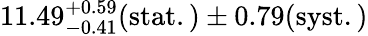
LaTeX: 11.49_{-0.41}^{+0.59}(\mathrm{stat.)\pm 0.79(\mathrm{syst.)}}